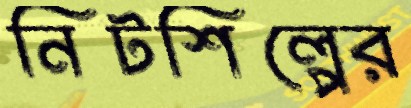
নিটশিল্পের